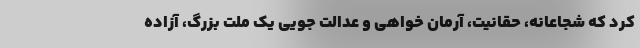
کرد که شجاعانه، حقانیت، آرمان خواهی و عدالت جویی یک ملت بزرگ، آزاده